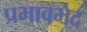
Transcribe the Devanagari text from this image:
प्रभावभेद